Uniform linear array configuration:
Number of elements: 8
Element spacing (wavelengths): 0.5
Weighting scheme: uniform
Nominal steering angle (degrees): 60
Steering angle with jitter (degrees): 61.917
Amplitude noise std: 0.05
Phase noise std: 0.05

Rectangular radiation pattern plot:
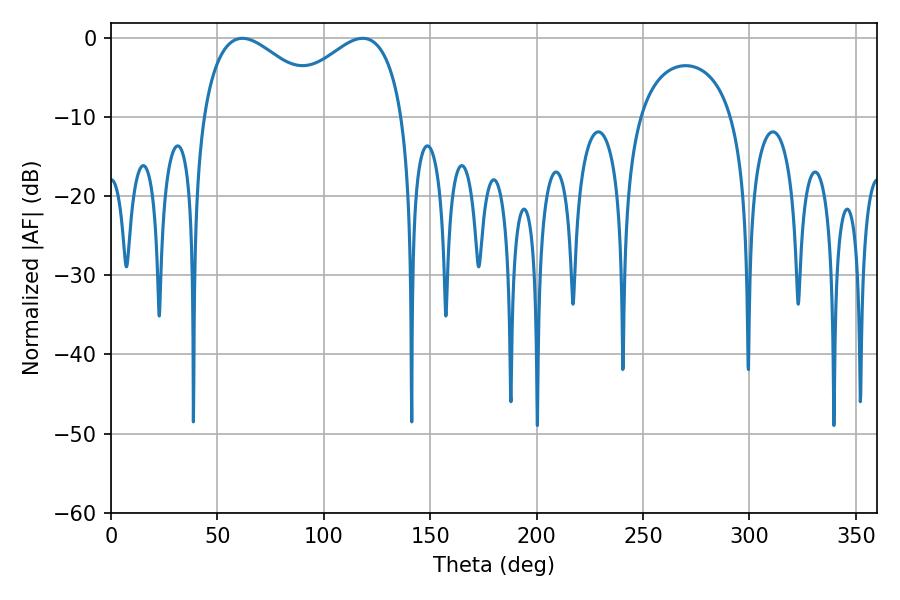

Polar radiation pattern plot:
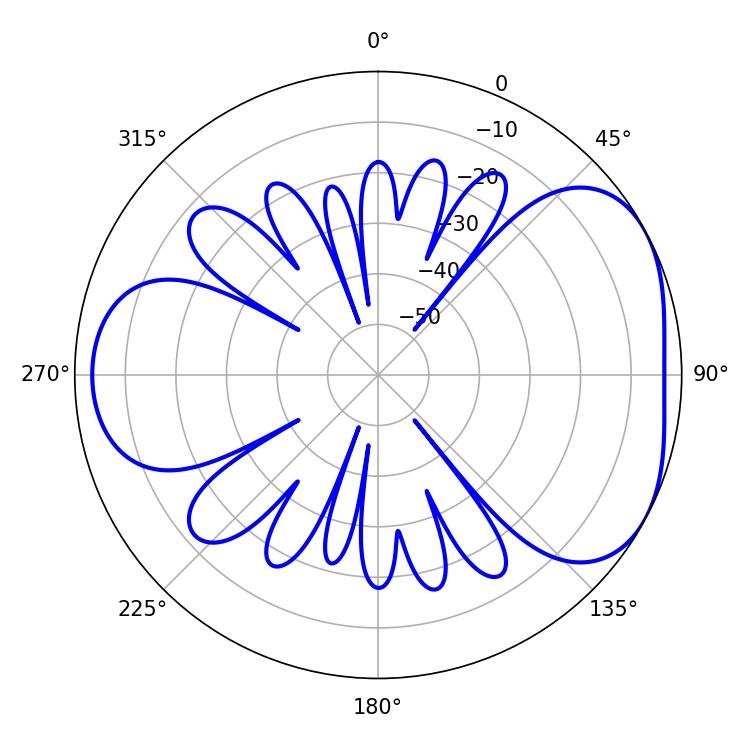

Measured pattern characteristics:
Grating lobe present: FALSE
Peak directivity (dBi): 4.449
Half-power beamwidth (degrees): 32.76
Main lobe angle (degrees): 61.74